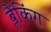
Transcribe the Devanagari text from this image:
ब्लैंकिंग